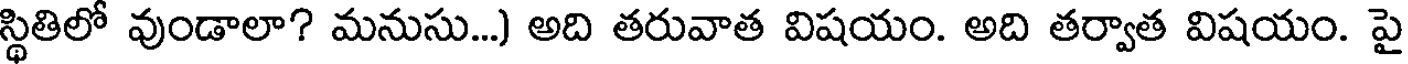
స్థితిలో వుండాలా? మనుసు...) అది తరువాత విషయం. అది తర్వాత విషయం. పై